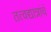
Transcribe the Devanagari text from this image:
तत्वद्यान्नांचं